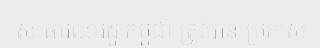
សាធារណរដ្ឋ កម្ពុជា ត្រូវបាន ប្រកាស